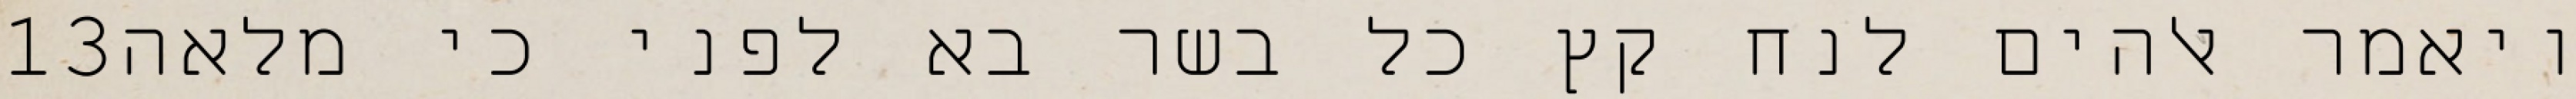
‎13‏ ויאמר אלהים לנח קץ כל בשר בא לפני כי מלאה